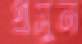
প্রসুন